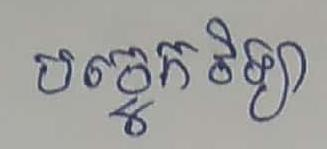
បច្ចេកវិទ្យា